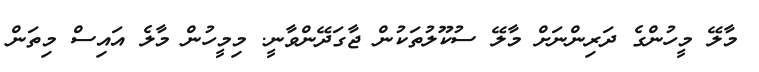
މާލޭ މީހުންގެ ދަރިންނަށް މާލޭ ސުކޫލުތަކުން ޖާގަދޭންވާނީ. މިމީހުން މާލެ އައިސް މިތަން